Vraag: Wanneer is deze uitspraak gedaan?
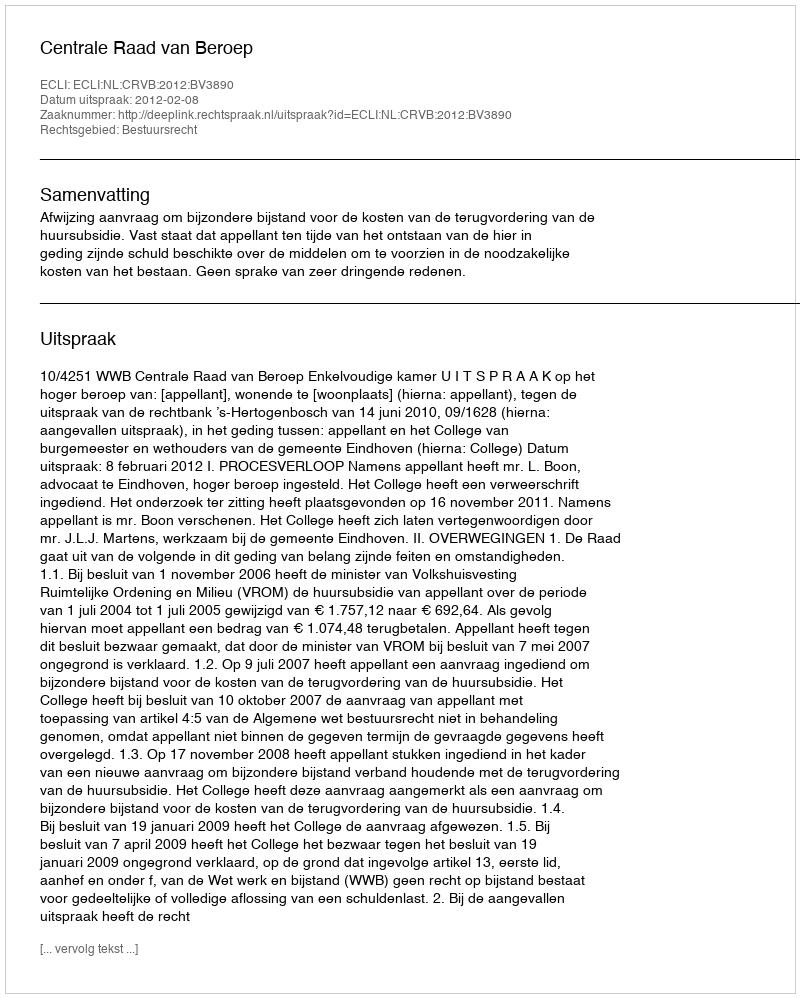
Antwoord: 2012-02-08